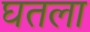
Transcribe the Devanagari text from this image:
घतला